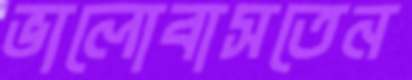
ভালোবাসতেন